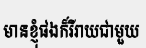
មានខ្ញុំផងក៏រីរាយជាមួយ